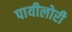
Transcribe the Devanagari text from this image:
पायीलोरी